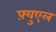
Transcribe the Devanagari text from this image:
फ़्युएल